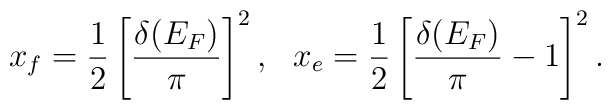
x_f={1\over 2}\left[{\delta (E_F)\over \pi }\right]^2,\ \ x_e={1\over 2}\left[{\delta (E_F)\over \pi} -1\right]^2.